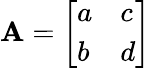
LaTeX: \mathbf{A}={\left[\begin{array}{ll}{a}&{c}\\ {b}&{d}\end{array}\right]}